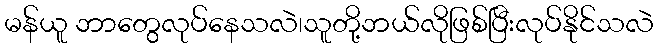
မန်ယူ ဘာတွေလုပ်နေသလဲ၊သူတို့ဘယ်လိုဖြစ်ပြီးလုပ်နိုင်သလဲ